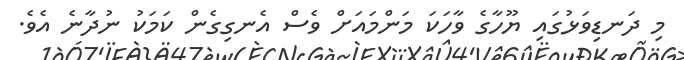
މި ދަނޑިވަޅުގައި ޔޫހާގެ ވާހަކަ މަންމައަށް ވެސް އެނގިގެން ކަމަކު ނުދާނެ އެވެ.